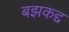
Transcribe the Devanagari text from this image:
बझकद्द